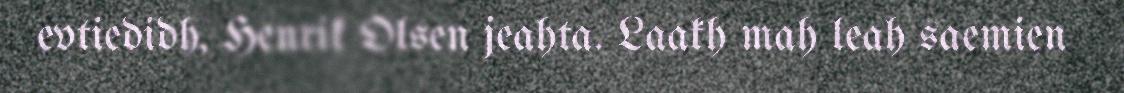
evtiedidh, Henrik Olsen jeahta. Laakh mah leah saemien